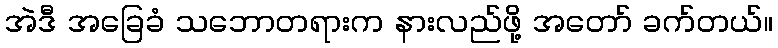
အဲဒီ အခြေခံ သဘောတရားက နားလည်ဖို့ အတော် ခက်တယ်။